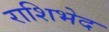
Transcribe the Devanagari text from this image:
राशिभेद